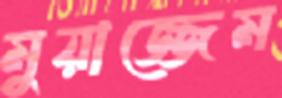
মুয়াজ্জেম